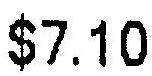
$7.10